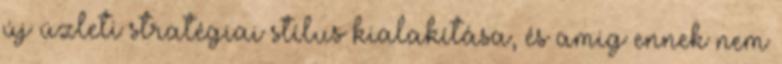
új üzleti stratégiai stílus kialakítása, és amig ennek nem